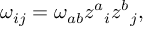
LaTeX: \omega _ { i j } = \omega _ { a b } z ^ { a } { } _ { i } z ^ { b } { } _ { j } ,